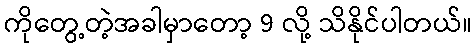
ကိုတွေ့တဲ့အခါမှာတော့ 9 လို့ သိနိုင်ပါတယ်။